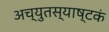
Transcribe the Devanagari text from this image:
अच्युतस्याष्टकं